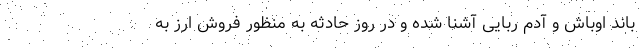
باند اوباش و آدم ربایی آشنا شده و در روز حادثه به منظور فروش ارز به